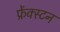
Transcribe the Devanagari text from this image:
फ्रेंक्स्टन